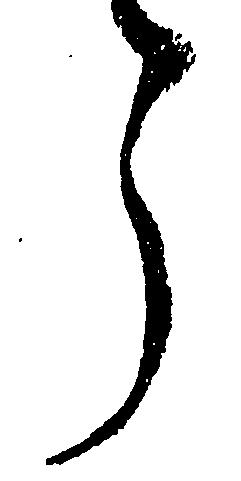
了